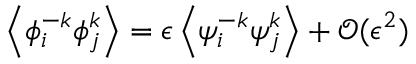
\left\langle { \phi } _ { i } ^ { - k } { \phi } _ { j } ^ { k } \right\rangle = \epsilon \left\langle { \psi } _ { i } ^ { - k } { \psi } _ { j } ^ { k } \right\rangle + \mathcal { O } ( \epsilon ^ { 2 } )